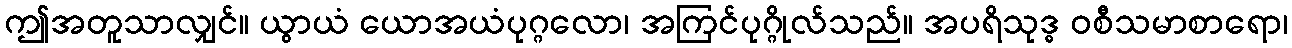
ဤအတူသာလျှင်။ ယွာယံ ယောအယံပုဂ္ဂလော၊ အကြင်ပုဂ္ဂိုလ်သည်။ အပရိသုဒ္ဓ ဝစီသမာစာရော၊